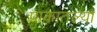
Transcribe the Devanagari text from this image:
पाकातल्या